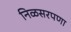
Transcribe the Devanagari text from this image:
निळसरपणा